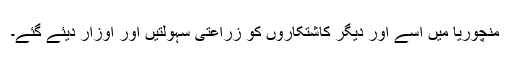
منچوریا میں اسے اور دیگر کاشتکاروں کو زراعتی سہولتیں اور اوزار دیئے گئے۔